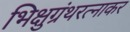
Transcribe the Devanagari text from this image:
भिक्षुग्रंथरत्नाकर